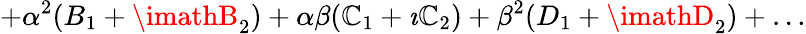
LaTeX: +\alpha^{2}(B_{1}+\imathB_{2})+\alpha\beta(\mathbb{C}_{1}+\imath\mathbb{C}_{2})+\beta^{2}(D_{1}+\imathD_{2})+\ldots